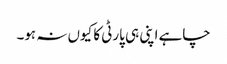
چاہے اپنی ہی پارٹی کا کیوں نہ ہو۔